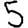
Digit: 5